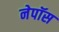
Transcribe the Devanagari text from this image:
नेपॉस